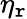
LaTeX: \eta_{\mathtt{r}}